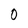
Character: O